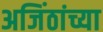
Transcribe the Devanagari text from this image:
अजिंठांच्या